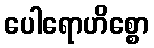
ပေါရောဟိစ္စော